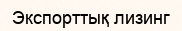
Экспорттық лизинг